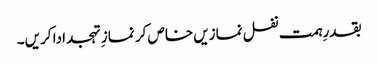
بقدرِہمت نفل نمازیں خاص کر نماز ِتہجد ادا کریں۔